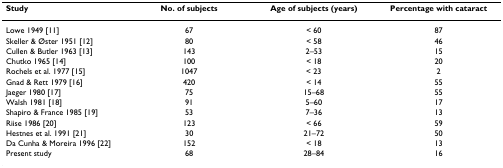
<table><thead><tr><td><b>Study</b></td><td><b>No. of subjects</b></td><td><b>Age of subjects (years)</b></td><td><b>Percentage with cataract</b></td></tr></thead><tbody><tr><td>Lowe 1949 [11]</td><td>67</td><td>&lt; 60</td><td>87</td></tr><tr><td>Skeller &amp; Øster 1951 [12]</td><td>80</td><td>&lt; 58</td><td>46</td></tr><tr><td>Cullen &amp; Butler 1963 [13]</td><td>143</td><td>2–53</td><td>15</td></tr><tr><td>Chutko 1965 [14]</td><td>100</td><td>&lt; 18</td><td>20</td></tr><tr><td>Rochels et al. 1977 [15]</td><td>1047</td><td>&lt; 23</td><td>2</td></tr><tr><td>Gnad &amp; Rett 1979 [16]</td><td>420</td><td>&lt; 14</td><td>55</td></tr><tr><td>Jaeger 1980 [17]</td><td>75</td><td>15–68</td><td>55</td></tr><tr><td>Walsh 1981 [18]</td><td>91</td><td>5–60</td><td>17</td></tr><tr><td>Shapiro &amp; France 1985 [19]</td><td>53</td><td>7–36</td><td>13</td></tr><tr><td>Riise 1986 [20]</td><td>123</td><td>&lt; 66</td><td>59</td></tr><tr><td>Hestnes et al. 1991 [21]</td><td>30</td><td>21–72</td><td>50</td></tr><tr><td>Da Cunha &amp; Moreira 1996 [22]</td><td>152</td><td>&lt; 18</td><td>13</td></tr><tr><td>Present study</td><td>68</td><td>28–84</td><td>16</td></tr></tbody></table>